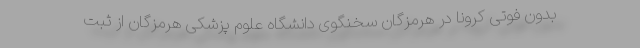
بدون فوتی کرونا در هرمزگان سخنگوی دانشگاه علوم پزشکی هرمزگان از ثبت